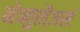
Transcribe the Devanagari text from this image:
नेब्युलैज़र्स